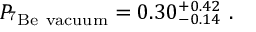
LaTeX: P _ { \mathrm { ^ 7 B e ~ v a c u u m } } = 0 . 3 0 _ { - 0 . 1 4 } ^ { + 0 . 4 2 } ~ .